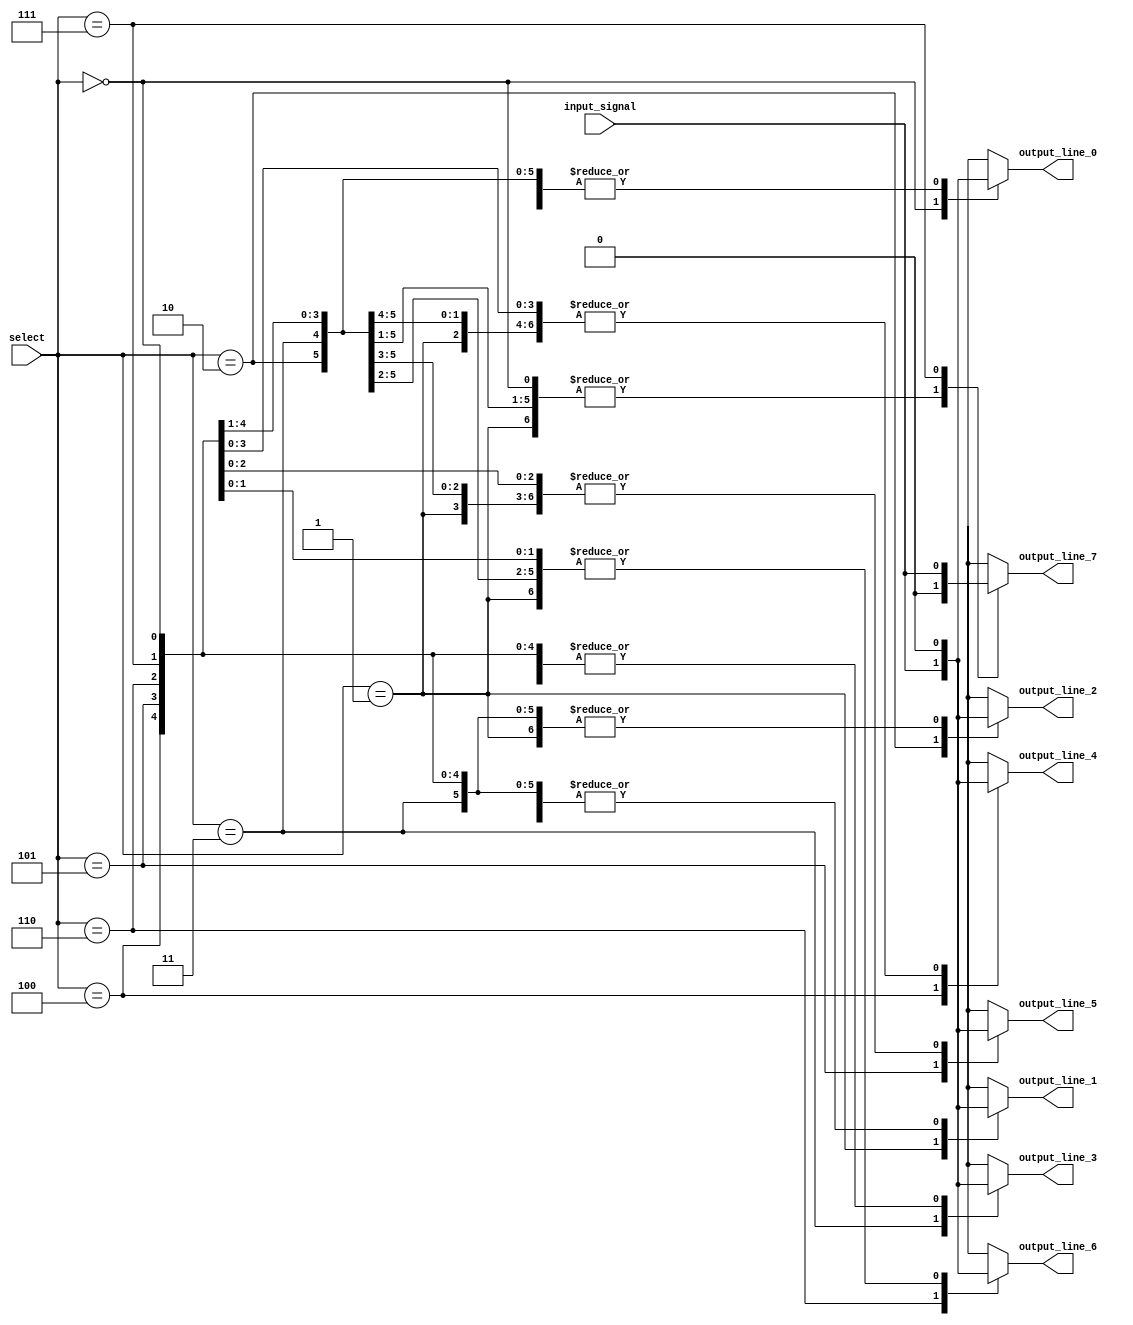
module demux(
    input wire input_signal,
    input wire[2:0] select,
    output reg output_line_0,
    output reg output_line_1,
    output reg output_line_2,
    output reg output_line_3,
    output reg output_line_4,
    output reg output_line_5,
    output reg output_line_6,
    output reg output_line_7
);

always @(*)
begin
    case(select)
        3'b000: begin
            output_line_0 = input_signal;
            output_line_1 = 0;
            output_line_2 = 0;
            output_line_3 = 0;
            output_line_4 = 0;
            output_line_5 = 0;
            output_line_6 = 0;
            output_line_7 = 0;
        end
        
        3'b001: begin
            output_line_0 = 0;
            output_line_1 = input_signal;
            output_line_2 = 0;
            output_line_3 = 0;
            output_line_4 = 0;
            output_line_5 = 0;
            output_line_6 = 0;
            output_line_7 = 0;
        end
        
        3'b010: begin
            output_line_0 = 0;
            output_line_1 = 0;
            output_line_2 = input_signal;
            output_line_3 = 0;
            output_line_4 = 0;
            output_line_5 = 0;
            output_line_6 = 0;
            output_line_7 = 0;
        end
        
        3'b011: begin
            output_line_0 = 0;
            output_line_1 = 0;
            output_line_2 = 0;
            output_line_3 = input_signal;
            output_line_4 = 0;
            output_line_5 = 0;
            output_line_6 = 0;
            output_line_7 = 0;
        end
        
        3'b100: begin
            output_line_0 = 0;
            output_line_1 = 0;
            output_line_2 = 0;
            output_line_3 = 0;
            output_line_4 = input_signal;
            output_line_5 = 0;
            output_line_6 = 0;
            output_line_7 = 0;
        end
        
        3'b101: begin
            output_line_0 = 0;
            output_line_1 = 0;
            output_line_2 = 0;
            output_line_3 = 0;
            output_line_4 = 0;
            output_line_5 = input_signal;
            output_line_6 = 0;
            output_line_7 = 0;
        end
        
        3'b110: begin
            output_line_0 = 0;
            output_line_1 = 0;
            output_line_2 = 0;
            output_line_3 = 0;
            output_line_4 = 0;
            output_line_5 = 0;
            output_line_6 = input_signal;
            output_line_7 = 0;
        end
        
        3'b111: begin
            output_line_0 = 0;
            output_line_1 = 0;
            output_line_2 = 0;
            output_line_3 = 0;
            output_line_4 = 0;
            output_line_5 = 0;
            output_line_6 = 0;
            output_line_7 = input_signal;
        end
    endcase
end

endmodule